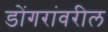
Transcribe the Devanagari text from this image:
डोंगरांवरील